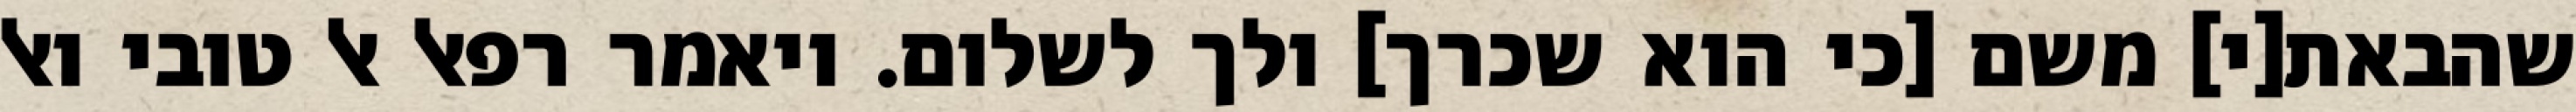
שהבאת[י] משם [כי הוא שכרך] ולך לשלום. ויאמר רפאל אל טובי ואל